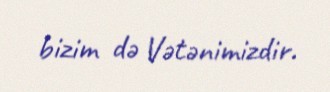
bizim də Vətənimizdir.